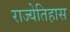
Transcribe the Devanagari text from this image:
राज्येतिहास